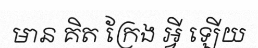
មាន គិត ក្រែង អ្វី ឡើយ